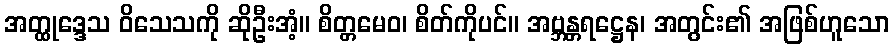
အတ္ထုဒ္ဒေသ ဝိသေသကို ဆိုဦးအံ့။ စိတ္တမေဝ၊ စိတ်ကိုပင်။ အဗ္ဘန္တရဋ္ဌေန၊ အတွင်း၏ အဖြစ်ဟူသော